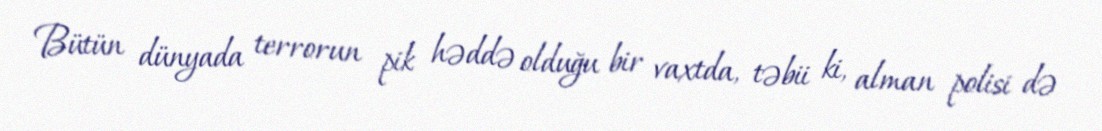
Bütün dünyada terrorun pik həddə olduğu bir vaxtda, təbii ki, alman polisi də